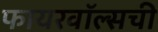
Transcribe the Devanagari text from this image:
फायरवॉल्सची